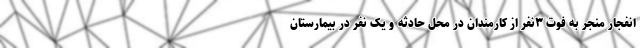
انفجار منجر به فوت ۳نفر از کارمندان در محل حادثه و یک نفر در بیمارستان